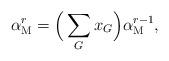
LaTeX: \begin{align*}\alpha_\mathrm{M}^{r}=\Big(\sum_G x_G\Big)\alpha_\mathrm{M}^{r-1},\end{align*}